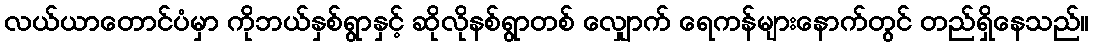
လယ်ယာတောင်ပံမှာ ကိုဘယ်နှစ်ရွာနှင့် ဆိုလိုနစ်ရွာတစ် လျှောက် ရေကန်များနောက်တွင် တည်ရှိနေသည်။